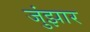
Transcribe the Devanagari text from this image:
जुंझार